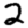
Digit: 2